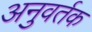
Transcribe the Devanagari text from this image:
अनुवर्तक